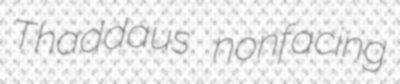
Thaddaus nonfacing